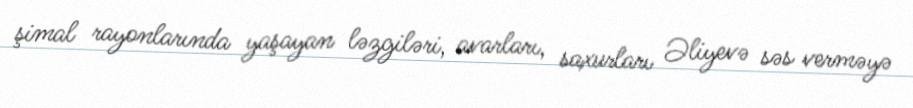
şimal rayonlarında yaşayan ləzgiləri, avarları, saxurları Əliyevə səs verməyə